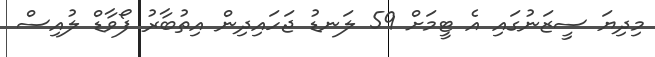
މިދިޔަ ސީޒަނުގައި އެ ޓީމަށް 59 ލަނޑު ޖަހައިިދިން އިތުބާރު ފޯވާޑް ލުއިސް